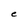
Character: e